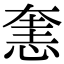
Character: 㥣